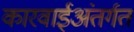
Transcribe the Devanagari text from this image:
कारवाईअंतर्गत